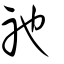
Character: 祂